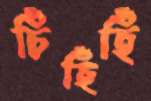
চিঁহিঁহিঁ